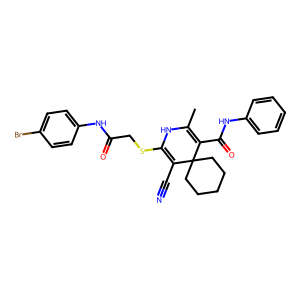
SMILES: CC1=C(C(=O)Nc2ccccc2)C2(CCCCC2)C(C#N)=C(SCC(=O)Nc2ccc(Br)cc2)N1
Inhibits HIV replication: No